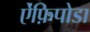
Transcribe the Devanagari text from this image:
ऐंफ़िपोडा